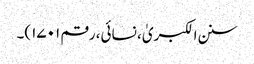
سنن الکبریٰ، نسائی، رقم ۱۷۰۱)۔